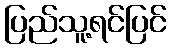
ပြည်သူ့ရင်ပြင်